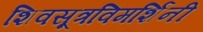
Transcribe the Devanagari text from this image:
शिवसूत्रविमर्शिनी